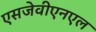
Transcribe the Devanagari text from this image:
एसजेवीएनएल